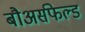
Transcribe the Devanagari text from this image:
बौअर्सफेल्ड